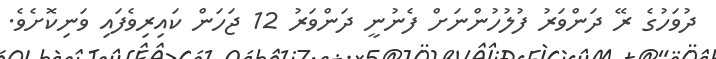
ދުވަހުގެ ރޭ ދަންވަރު ފުލުހުންނަށް ފެނުނީ ދަންވަރު 12 ޖަހަން ކައިރިވެފައި ވަނިކޮށެވެ.